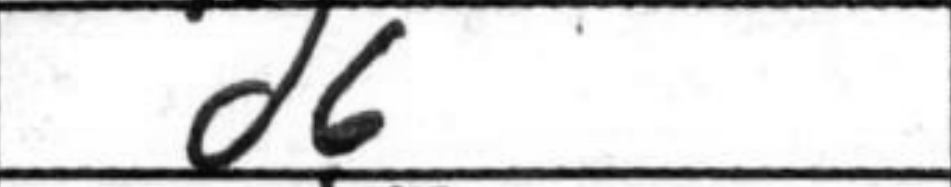
Transcription: d6